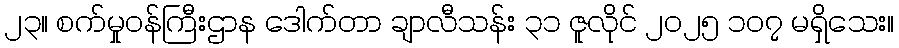
၂၃။ စက်မှုဝန်ကြီးဌာန ဒေါက်တာ ချာလီသန်း ၃၁ ဇူလိုင် ၂၀၂၅ ၁၀၇ မရှိသေး။